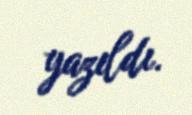
yazıldı.